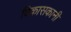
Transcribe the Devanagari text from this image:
विकासकानी